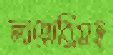
লাহোরিসহ